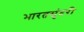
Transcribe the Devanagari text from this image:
भारतसुंदरी